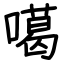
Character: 噶